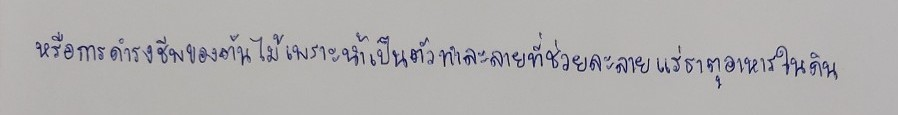
หรือการดำรงชีพของต้นไม้เพราะน้ำเป็นตัวทำละลายที่ช่วยละลายแร่ธาตุอาหารในดิน